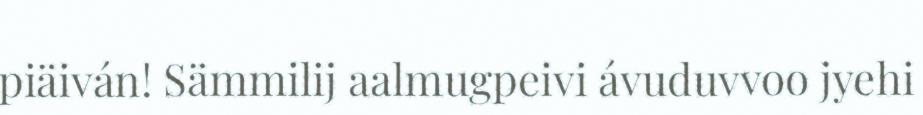
piäiván! Sämmilij aalmugpeivi ávuduvvoo jyehi